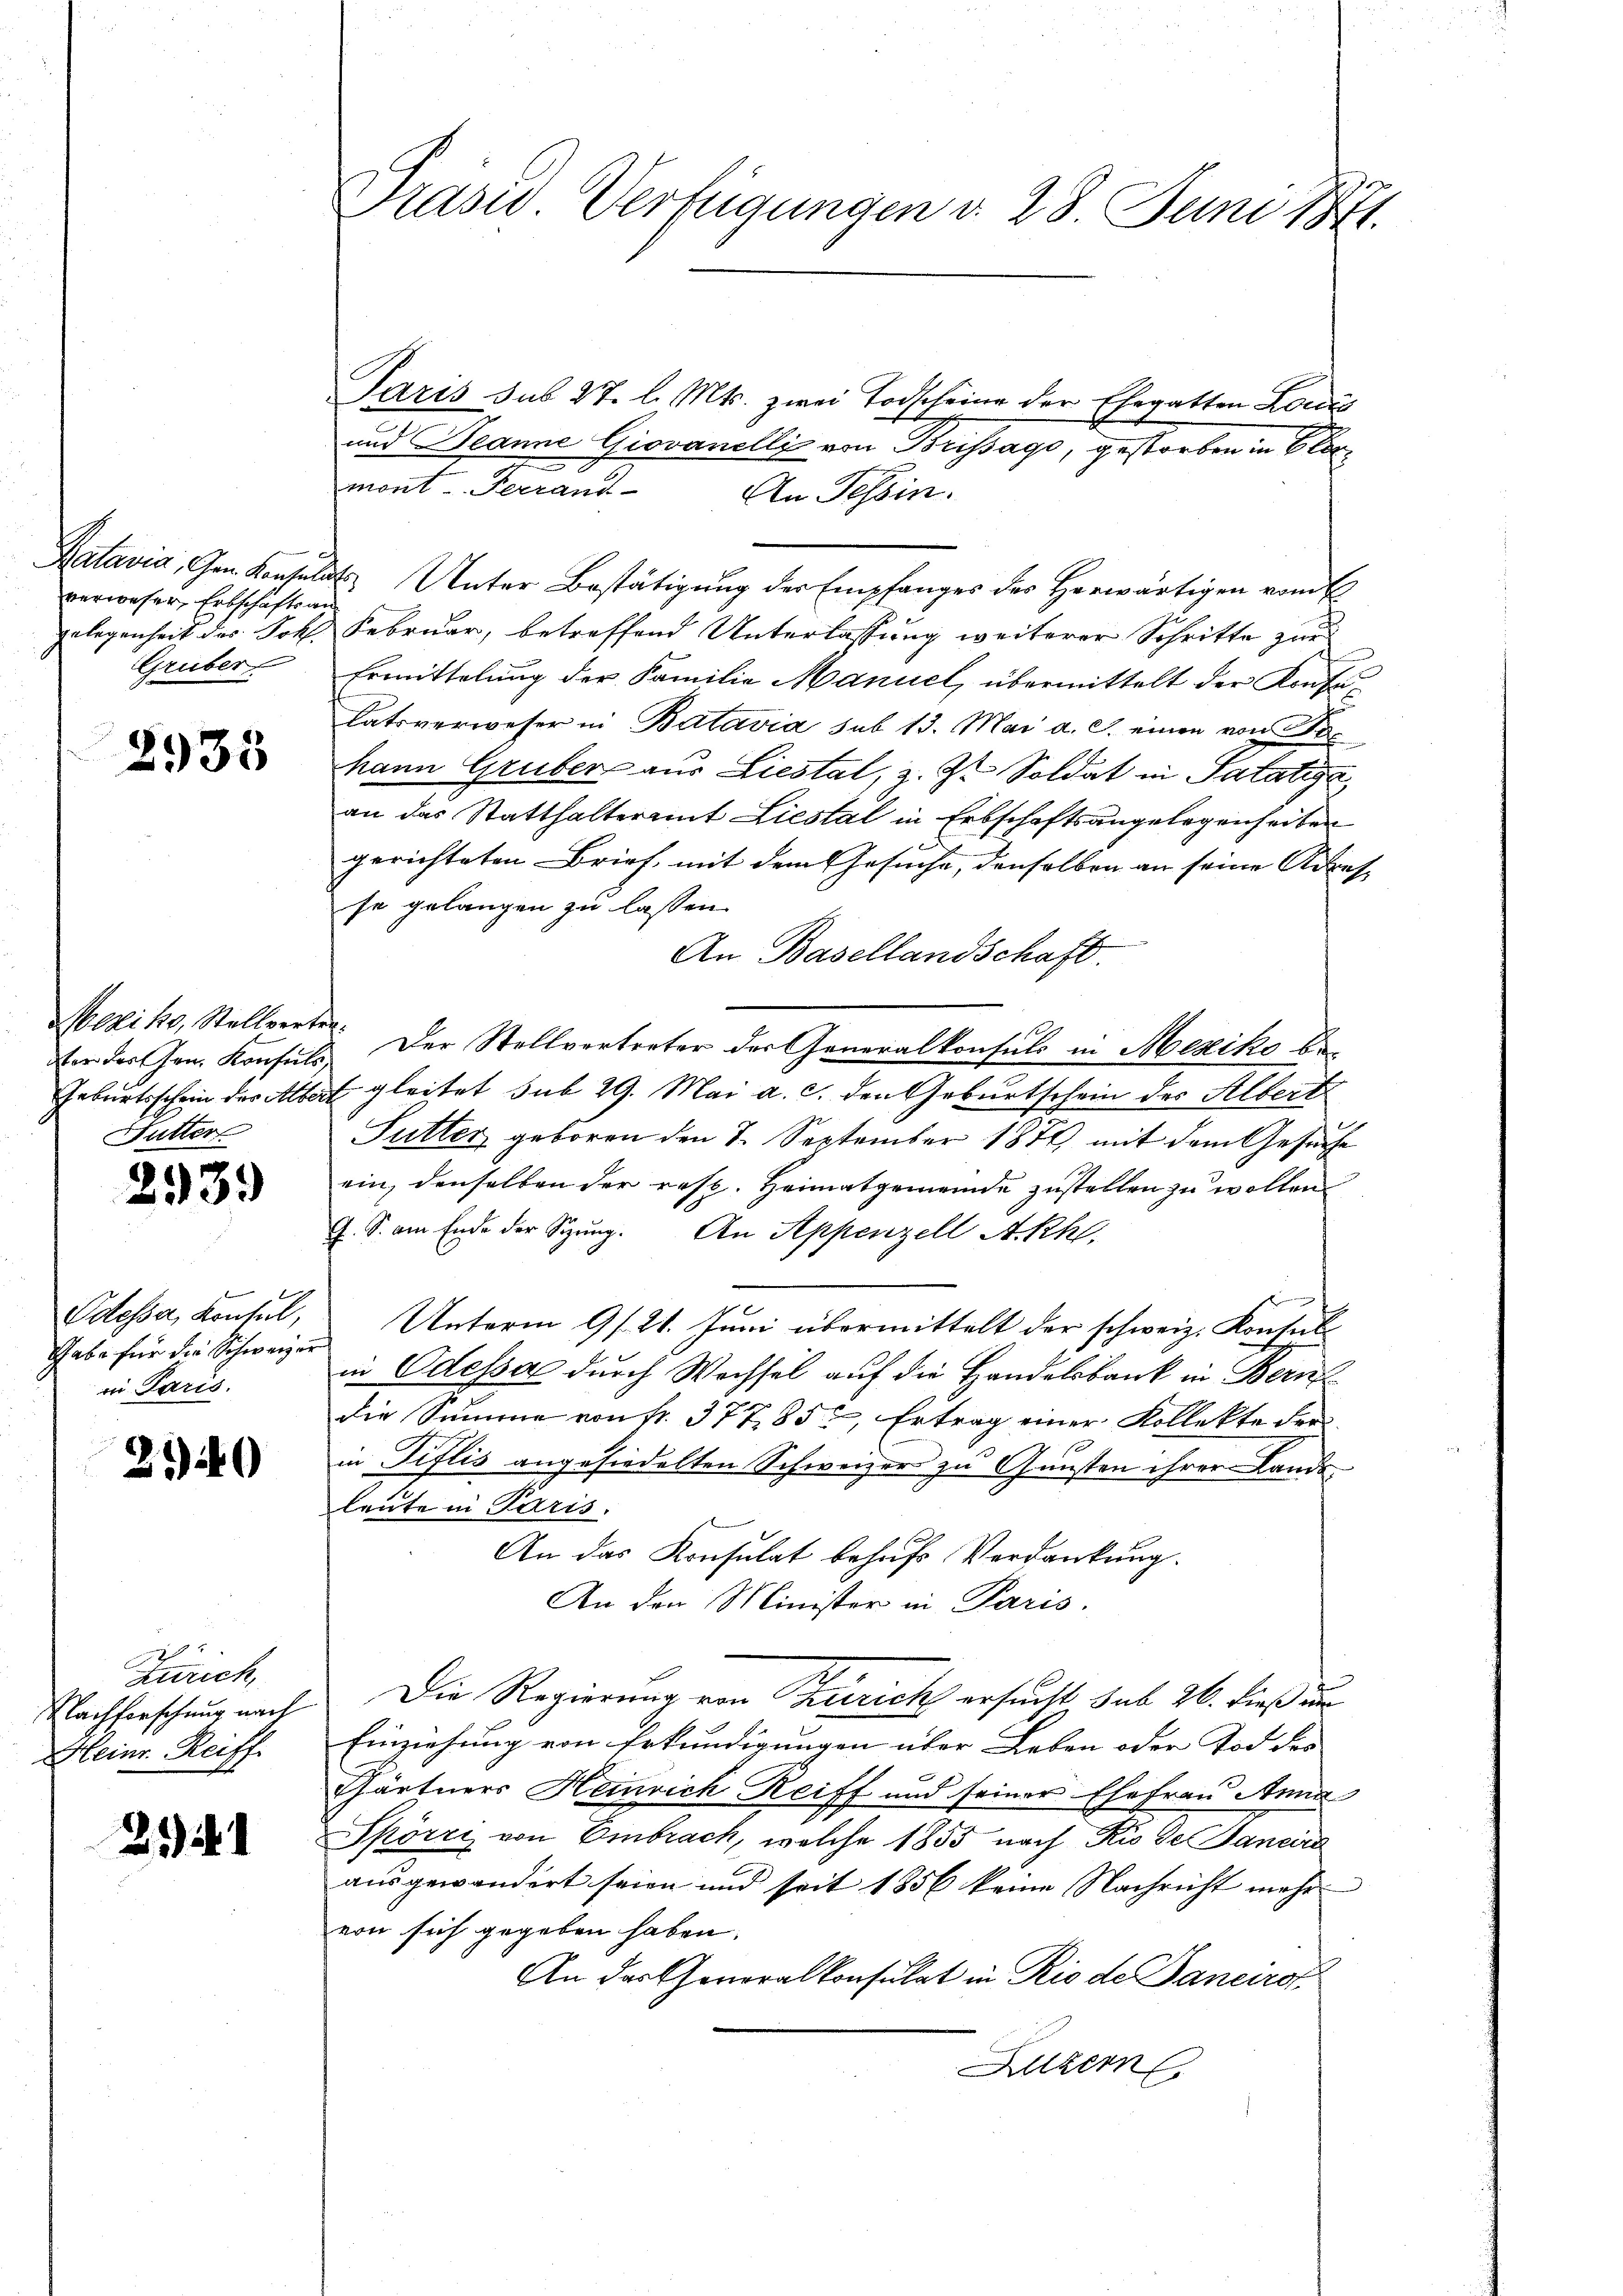
verweser, Erbschäftsan
Gruber

2935

vor der Gen. Konsuls
Sutter

2939

Odessa, Kontul,
Thabe für die Schweizer
in Paris.

250

e
Zürich,
Nachforschung nach
Heinr. Reiff

25).

Prasis Verfügungen v. 28. Juni 1871.

Paris sub 27. l. Mts. zwei Todscheine der Ehegatten Louis
und Beanne Giovanelli von Brissago, gestorben in Elie
mont-Terrand-
An Tessin.
Batavia, Gen. Konsulats Unter Bestätigung der Empfanges des Herwärtigen vom 2
gelegenheit des Frk. Februar, betreffend Unterlassung weiterer Schritte zur
Ermittelung der Familie Manuel, übermittelt der Konfe¬
Ratsverweser in Batavia sub 15. Mai d. J. einen von Fre
hann Gruber aus Liestal, z. Z. Soldat in Patatige,
an das Statthalteramt Liestal in Erbschaftsangelegenheiten
gerichteten Brief, mit dem Gesuche, denselben an seine Adresse gelangen zu lassen.
An Basellandschaft.
Mexiko, Stellverte. Der Stellvertreter der Generalkonsuls in Mexiks be¬
Geburtsschein der Albert gleitet sub 29. Mai a. c. den Geburtschein des Albert
Futter, geboren den 8. September 1871 mit dem Gesuche
ein, denselben der resp. Heimatgemeinde zustellen zu wollen.
G. S. am Ende der Sitzung. An Appenzell A.Rh.
Unterm 9. 21. Juni übermittelt der schweiz. Konsul
r
in Odessa durch Wechsel auf die Handelsbank in Bern
die Summe von fr. 377, 85, Ertrag einer Kollekte der
in Pislis angesiedelten Schweizer zu Gunsten ihrer Lande
leute in Paris.
An das Konsulat behufs Verdankung.
An den Minister in Paris.
Die Regierung von Terrich ersucht sub 26. dieß au
Einziehung von Erkundigungen über Leben oder Tod des
Gärtners Heinrich Reiff und seiner Ehefrau Anna
Spörri von Embrach, welche 1855 nach Rio der Sancire
ausgewandert seien und seit 1856 keine Nachricht mehrvon sich gegeben haben.
An das Generalkonsulat in Rio de Janeiro
Luzern